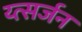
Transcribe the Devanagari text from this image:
य्त्सर्जन